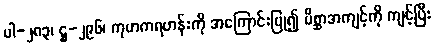
ပါ-၂၈၃၊ ဋ္ဌ-၂၉၆၊ ကုဟကရဟန်းကို အကြောင်းပြု၍ မိစ္ဆာအကျင့်ကို ကျင့်ပြီး